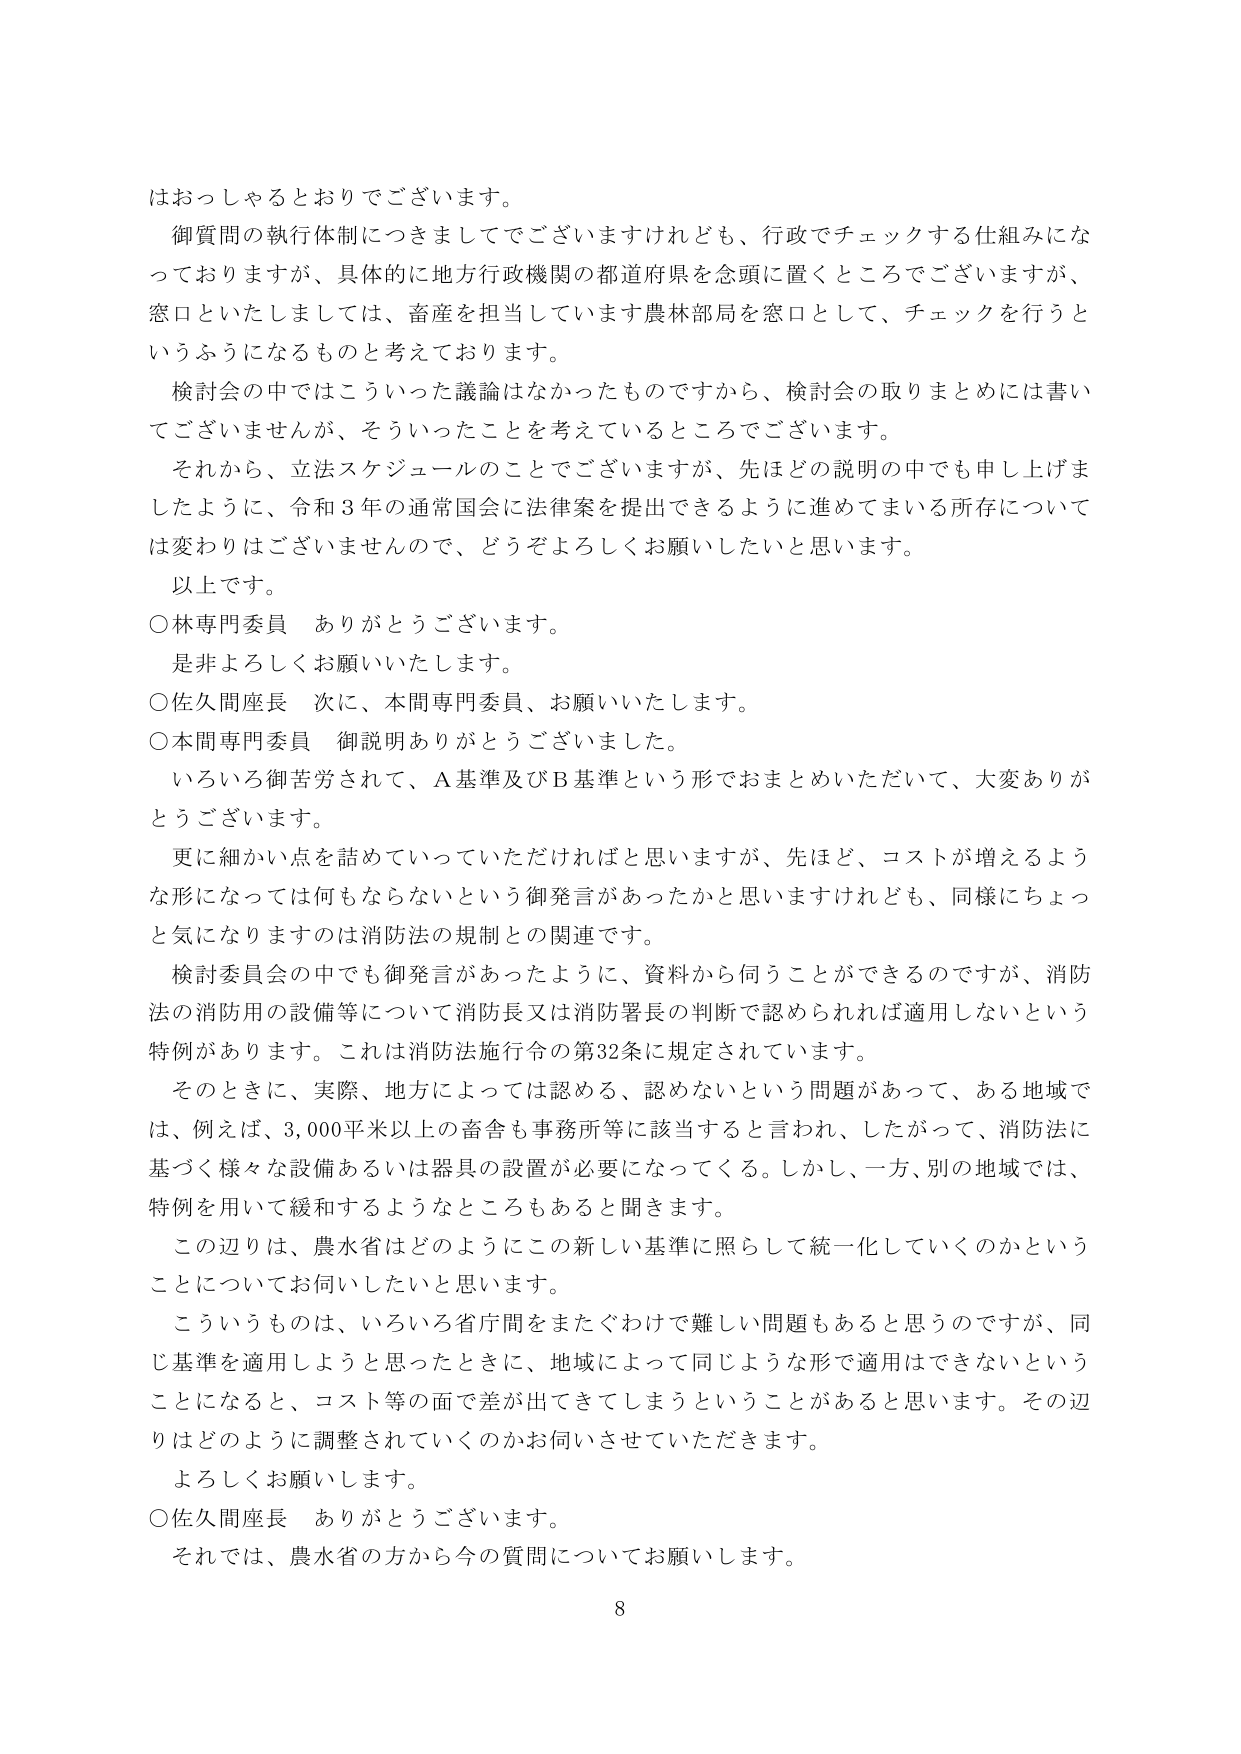
はおっしゃるとおりでございます。

御質問の執行体制につきましてでございますけれども、行政でチェックする仕組みになっておりますが、具体的に地方行政機関の都道府県を念頭に置くところでございますが、窓口といたしましては、畜産を担当しています農林部局を窓口として、チェックを行うというふうになるものと考えております。

検討会の中ではこういった議論はなかったものですから、検討会の取りまとめには書いてございませんが、そういったことを考えているところでございます。

それから、立法スケジュールのことでございますが、先ほどの説明の中でも申し上げましたように、令和３年の通常国会に法律案を提出できるように進めてまいる所存については変わりはございませんので、どうぞよろしくお願いしたいと思います。

以上です。

○林専門委員　ありがとうございます。
　是非よろしくお願いいたします。

○佐久間座長　次に、本間専門委員、お願いいたします。

○本間専門委員　御説明ありがとうございました。
　いろいろ御苦労されて、Ａ基準及びＢ基準という形でおまとめいただいて、大変ありがとうございます。

　更に細かい点を詰めていっていただければと思いますが、先ほど、コストが増えるような形になっては何もならないという御発言があったかと思いますけれども、同様にちょっと気になりますのは消防法の規制との関連です。

　検討委員会の中でも御発言があったように、資料から何うことができるのですが、消防法の消防用の設備等について消防長又は消防署長の判断で認められれば適用しないという特例があります。これは消防法施行令の第32条に規定されています。

　そのときに、実際、地方によっては認める、認めないという問題があって、ある地域では、例えば、3,000平米以上の畜舎も事務所等に該当すると言われ、したがって、消防法に基づく様々な設備あるいは器具の設置が必要になってくる。しかし、一方、別の地域では、特例を用いて緩和するようなところもあると聞きます。

　この辺りは、農水省はどのようにこの新しい基準に照らして統一化していくのかということについてお伺いしたいと思います。

　こういうものは、いろいろ省庁間をまたぐわけで難しい問題もあると思うのですが、同じ基準を適用しようと思ったときに、地域によって同じような形で適用はできないということになると、コスト等の面で差が出てきてしまうということがあると思います。その辺りはどのように調整されていくのかお伺いさせていただきます。

　よろしくお願いします。

○佐久間座長　ありがとうございます。
　それでは、農水省の方から今の質問についてお願いします。

8